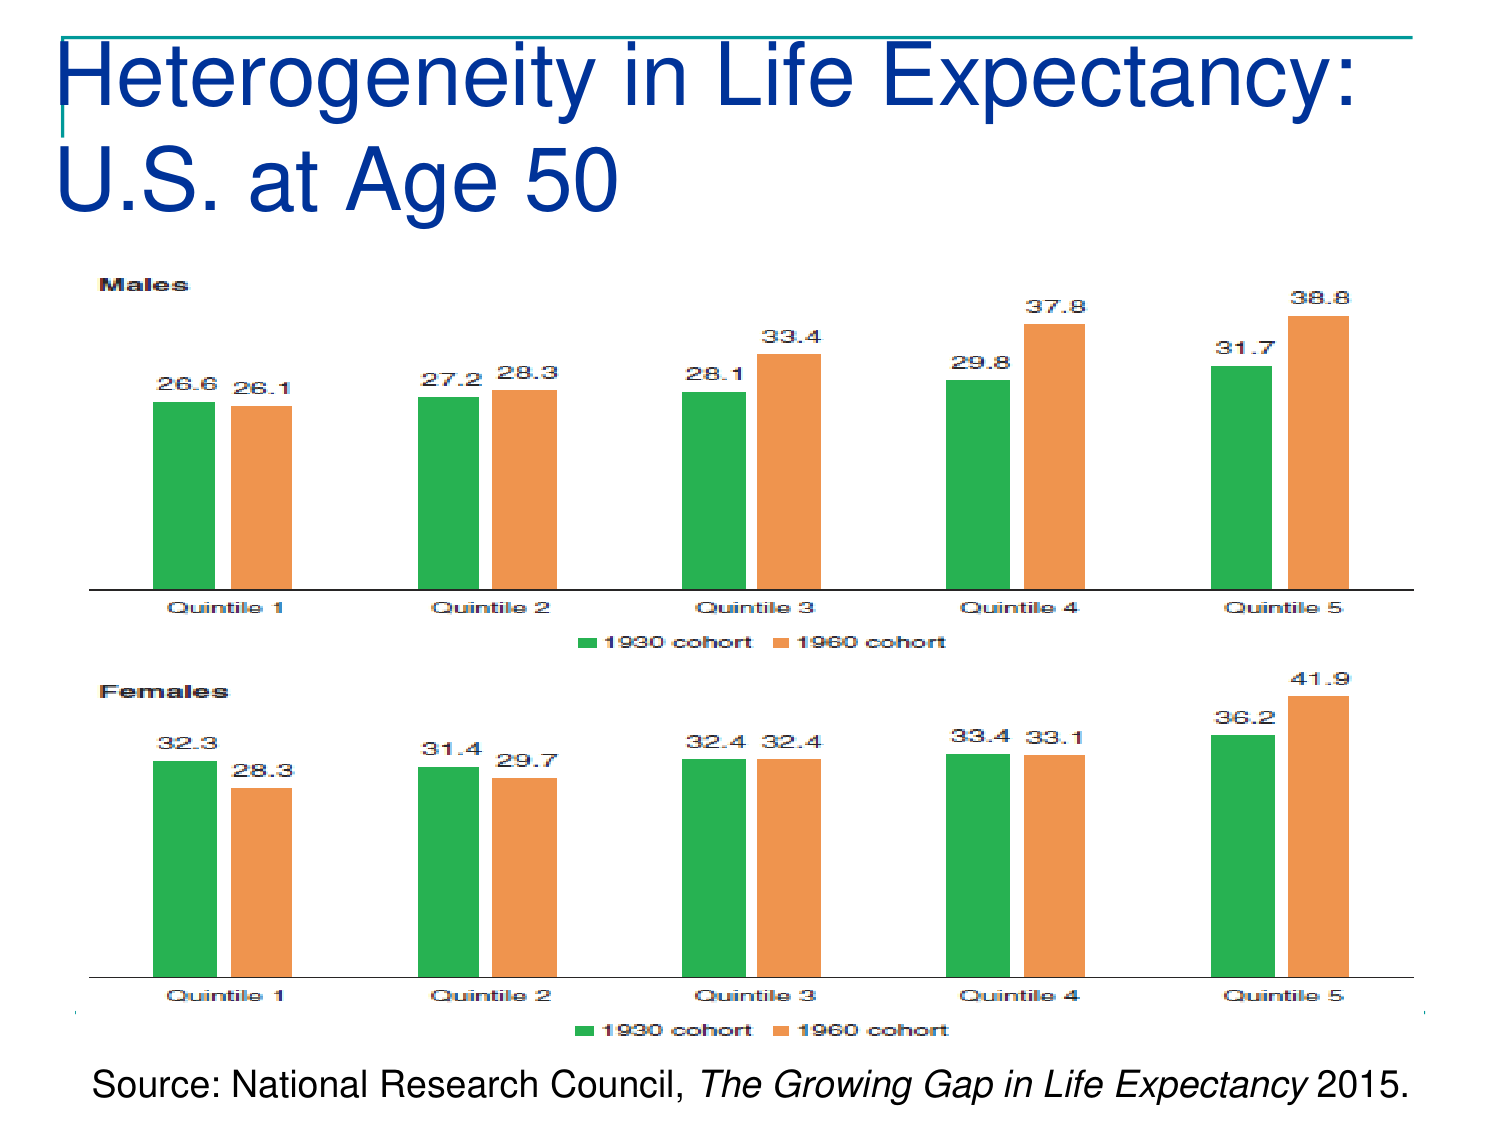
Heterogeneity in Life Expectancy:
U.S. at Age 50

Males
26.6 26.1
27.2 28.3
28.1 33.4
29.8 37.8
31.7 38.8
Quintile 1 Quintile 2 Quintile 3 Quintile 4 Quintile 5
■ 1930 cohort ■ 1960 cohort

Females
32.3 28.3
31.4 29.7
32.4 32.4
33.4 33.1
36.2 41.9
Quintile 1 Quintile 2 Quintile 3 Quintile 4 Quintile 5
■ 1930 cohort ■ 1960 cohort

Source: National Research Council, The Growing Gap in Life Expectancy 2015.